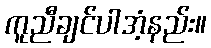
ကူညီချင်ပါအံ့နည်း။